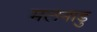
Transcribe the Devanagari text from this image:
मलनाडु